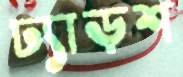
ঢ্যাড়শ